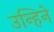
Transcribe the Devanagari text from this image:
उन्हिने